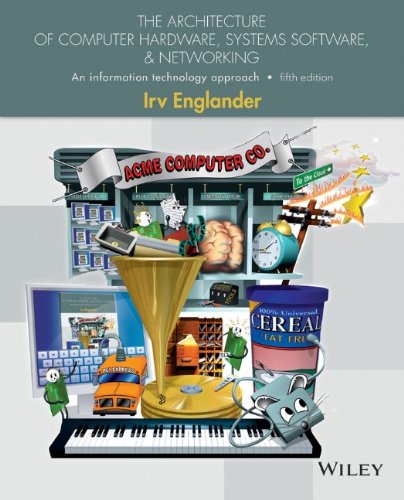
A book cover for The Architecture of Computer Hardware, Systems Software, and Networking: An Information Technology Approach; Irv Englander; Computers & Technology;